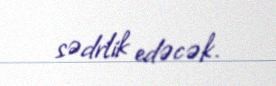
sədrlik edəcək.